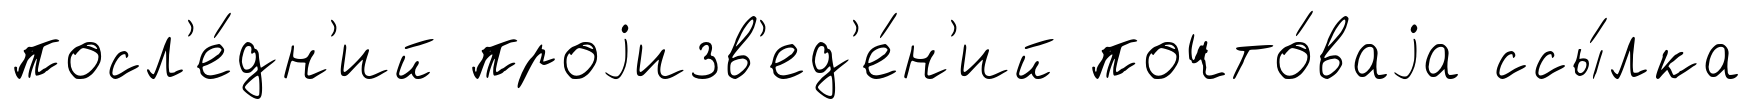
посл'е́дн'ий проjизв'ед'е́н'ий почто́ваjа ссы́лка